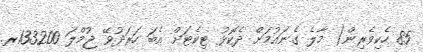
85 ހެކިވެރިން( މާލެ ގެނައުމަށް ދެކޮޅު ޓިކެޓަށް އެބަ ހަރަދުވޭ ޖުމްލަ 133200ރ.